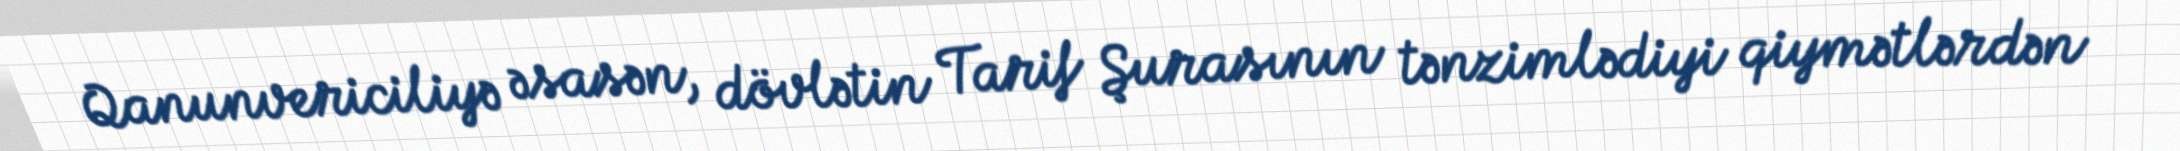
Qanunvericiliyə əsasən, dövlətin Tarif Şurasının tənzimlədiyi qiymətlərdən